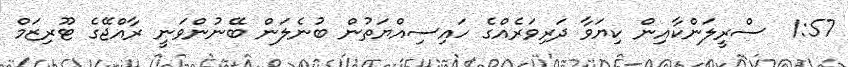
1:57  ސްރީލަންކާއިން ކިޔަވާ ދަރިވަރެއްގެ ހައިސިއްޔަތުން ބުނެލަން ބޭނުންވަނީ ރާއްޖޭގެ ޓޫރިޒަމް